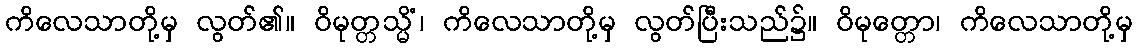
ကိလေသာတို့မှ လွတ်၏။ ဝိမုတ္တသ္မိံ၊ ကိလေသာတို့မှ လွတ်ပြီးသည်၌။ ဝိမုတ္တော၊ ကိလေသာတို့မှ